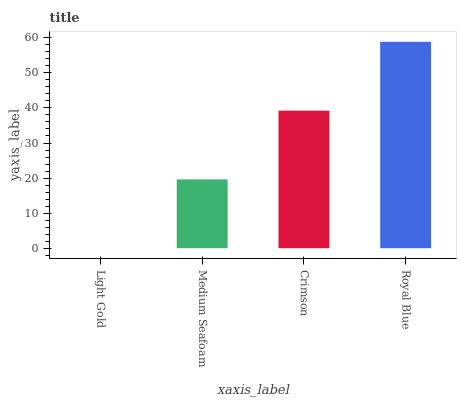
| xaxis_label | bars |
 | --- | --- |
 | Light Gold | 0 |
 | Medium Seafoam | 19.6 |
 | Crimson | 39.2 |
 | Royal Blue | 58.9 |